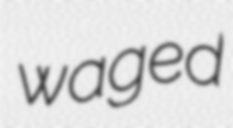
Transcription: waged